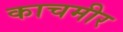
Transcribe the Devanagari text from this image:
काचमीर